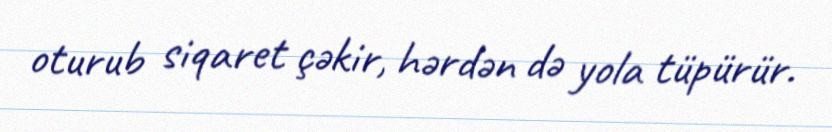
oturub siqaret çəkir, hərdən də yola tüpürür.